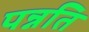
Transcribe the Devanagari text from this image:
पन्नति